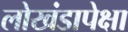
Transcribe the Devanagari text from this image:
लोखंडापेक्षा